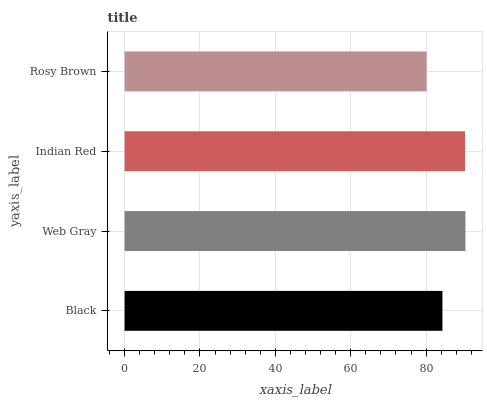
| yaxis_label | bars |
 | --- | --- |
 | Black | 84.3 |
 | Web Gray | 90.4 |
 | Indian Red | 90.3 |
 | Rosy Brown | 80.1 |